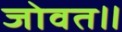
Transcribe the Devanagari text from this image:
जोवत॥